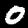
Label: 0